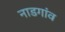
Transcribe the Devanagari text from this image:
नाडगांव